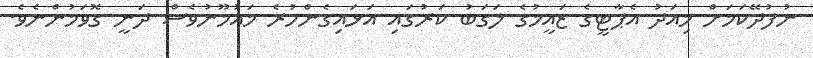
ނުފުދޭކަމަށް މިއަދު އެޕާޓީގެ ޒައީމުގެ ލަގަބު ކަރުގައި އަޅައިގެންހުރެ މައުމޫނުވެސް ދަނީ ގޮވަމުންނެވެ.